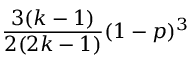
\frac { 3 ( k - 1 ) } { 2 ( 2 k - 1 ) } ( 1 - p ) ^ { 3 }